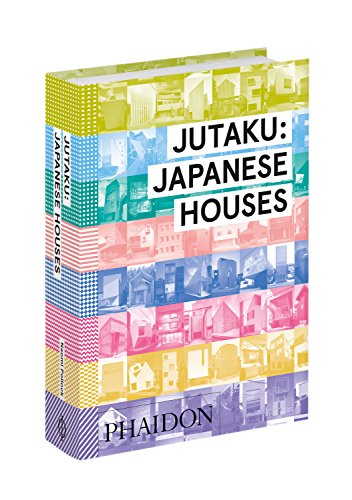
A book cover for Jutaku: Japanese Houses; Naomi Pollock; Crafts, Hobbies & Home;